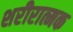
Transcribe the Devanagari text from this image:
शरीरात्मक